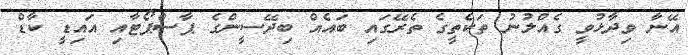
އޭނާ ވިދާޅުވީ ގެއްލުނު ތަކެތީގެ ތެރޭގައި ބައެއް ބިދޭސީންގެ ޕާސްޕޯޓާއި އައިޑީ ކާޑް